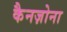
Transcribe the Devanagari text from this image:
कैनज़ोना